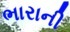
ભારાની